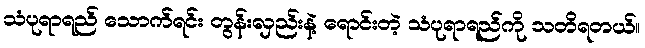
သံပုရာရည် သောက်ရင်း တွန်းလှည်းနဲ့ ရောင်းတဲ့ သံပုရာရည်ကို သတိရတယ်။